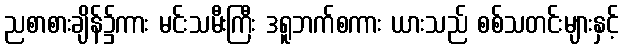
ညစာစားချိန်၌ကား မင်းသမီးကြီး ဒရူဘက်စကား ယားသည် စစ်သတင်းများနှင့်